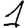
Digit: 1